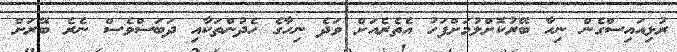
ރުޅިއައިސްގެން ނިހާ ބޭރުކޮށްލުމަށްފަހު އެތެރެއަށް ވަދެ ނިހާގެ ހެދުންތަކާއި ދަބަސްވެސް ނެރެ ބޭރަށް